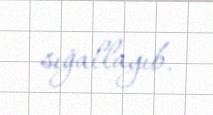
sığallayıb.